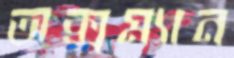
অক্সম্যান